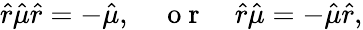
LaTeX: \hat{r}\hat{\mu}\hat{r}=-\hat{\mu},\quad\mathrm{~o~r~}\quad\hat{r}\hat{\mu}=-\hat{\mu}\hat{r},